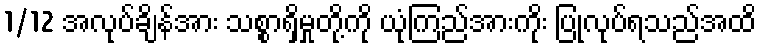
1/12 အလုပ်ချိန်အား သစ္စာရှိမှုတို့ကို ယုံကြည်အားကိုး ပြုလုပ်ရသည်အထိ